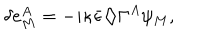
LaTeX: \delta e _ { M } ^ { A } = - i \kappa { \bar { \epsilon } } \diamondsuit \Gamma ^ { A } \psi _ { M } ,